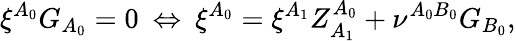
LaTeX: \xi^{A_{0}}G_{A_{0}}=0\: \Leftrightarrow\: \xi^{A_{0}}=\xi^{A_{1}}Z_{A_{1}}^{A_{0}}+\nu^{A_{0}B_{0}}G_{B_{0}},